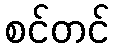
စင်တင်